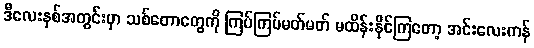
ဒီလေးနှစ်အတွင်းမှာ သစ်တောတွေကို ကြပ်ကြပ်မတ်မတ် မထိန်းနိုင်ကြတော့ အင်းလေးကန်